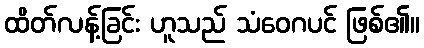
ထိတ်လန့်ခြင်း ဟူသည် သံဝေဂပင် ဖြစ်၏။